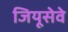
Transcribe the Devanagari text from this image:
जियूसेवे